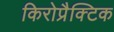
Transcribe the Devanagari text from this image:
किरोप्रैक्टिक